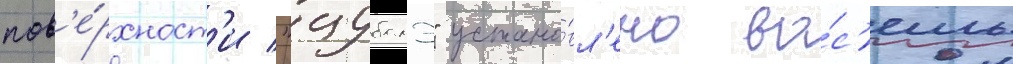
пов'е́рхност'и "цубамэ" устано́вл'ено во́с'емь